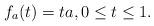
LaTeX: \begin{align*}f_a(t)=ta, 0\leq t\leq 1.\end{align*}